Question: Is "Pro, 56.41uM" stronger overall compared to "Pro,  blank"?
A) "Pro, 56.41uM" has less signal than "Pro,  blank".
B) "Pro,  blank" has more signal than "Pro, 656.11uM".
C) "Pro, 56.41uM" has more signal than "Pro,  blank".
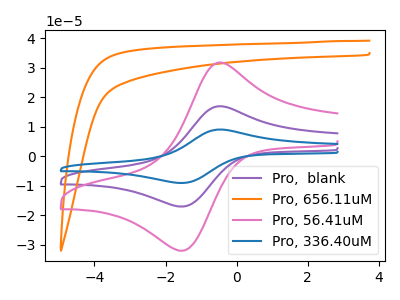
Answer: <think>The purple curve "Pro,  blank" has an anodic peak at (-0.55V, 16.80uA) and a cathodic peak at (-1.60V, -17.10uA). The orange curve "Pro, 656.11uM" has no peaks. The pink curve "Pro, 56.41uM" has an anodic peak at (-0.55V, 31.50uA) and a cathodic peak at (-1.60V, -32.05uA). The blue curve "Pro, 336.40uM" has an anodic peak at (-0.55V, 33.60uA) and a cathodic peak at (-1.60V, -34.15uA).
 All the peaks in "Pro, 56.41uM" have a peak in "Pro,  blank" at the same potential. Every peak in "Pro, 56.41uM" is higher than every peak in "Pro,  blank".</think>
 <answer>C) "Pro, 56.41uM" has more signal than "Pro,  blank".</answer>
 <eval>C</eval>